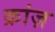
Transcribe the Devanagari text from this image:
क्रांज़